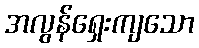
အလွန်ရှေးကျသော